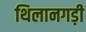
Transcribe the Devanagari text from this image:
थिलानगड़ी